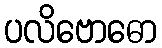
ပလိဗောဓော